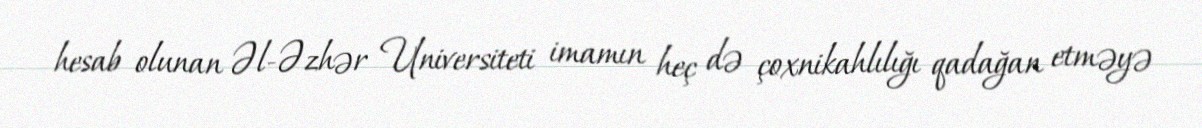
hesab olunan Əl-Əzhər Universiteti imamın heç də çoxnikahlılığı qadağan etməyə